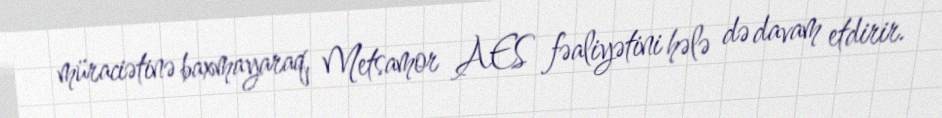
müraciətinə baxmayaraq, Metsamor AES fəaliyətini hələ də davam etdirir.